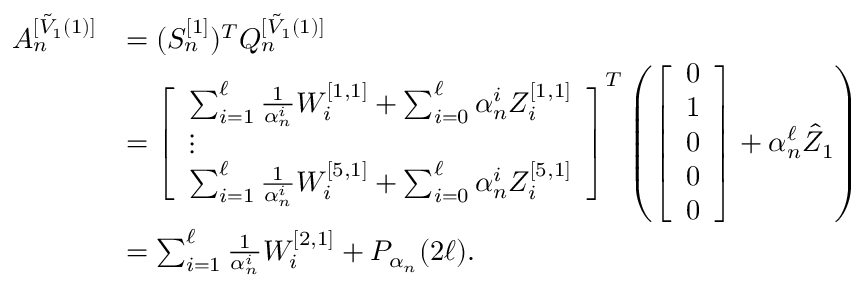
\begin{array} { r l } { A _ { n } ^ { [ \Tilde { V } _ { 1 } ( 1 ) ] } } & { = ( S _ { n } ^ { [ 1 ] } ) ^ { T } Q _ { n } ^ { [ \Tilde { V } _ { 1 } ( 1 ) ] } } \\ & { = \left[ \begin{array} { l } { \sum _ { i = 1 } ^ { \ell } \frac { 1 } { \alpha _ { n } ^ { i } } W _ { i } ^ { [ 1 , 1 ] } + \sum _ { i = 0 } ^ { \ell } \alpha _ { n } ^ { i } Z _ { i } ^ { [ 1 , 1 ] } } \\ { \vdots } \\ { \sum _ { i = 1 } ^ { \ell } \frac { 1 } { \alpha _ { n } ^ { i } } W _ { i } ^ { [ 5 , 1 ] } + \sum _ { i = 0 } ^ { \ell } \alpha _ { n } ^ { i } Z _ { i } ^ { [ 5 , 1 ] } } \end{array} \right] ^ { T } \left( \left[ \begin{array} { l } { 0 } \\ { 1 } \\ { 0 } \\ { 0 } \\ { 0 } \end{array} \right] + \alpha _ { n } ^ { \ell } \hat { Z } _ { 1 } \right) } \\ & { = \sum _ { i = 1 } ^ { \ell } \frac { 1 } { \alpha _ { n } ^ { i } } W _ { i } ^ { [ 2 , 1 ] } + P _ { \alpha _ { n } } ( 2 \ell ) . } \end{array}